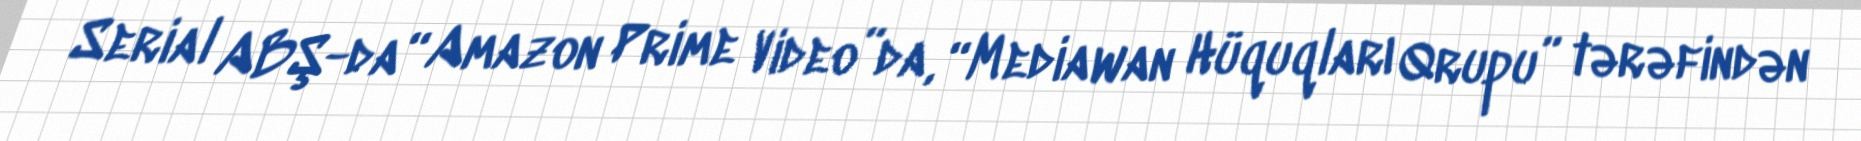
Serial ABŞ-da “Amazon Prime Video”da, “Mediawan Hüquqları Qrupu” tərəfindən